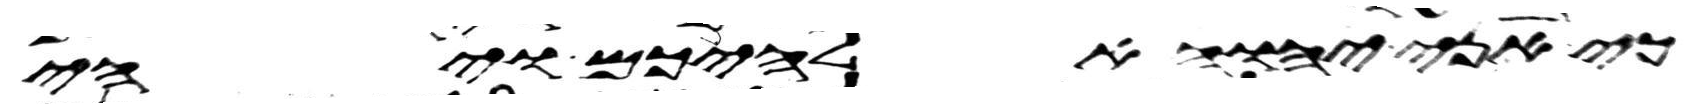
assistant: כי אני יהוה אלהיכם ויהי